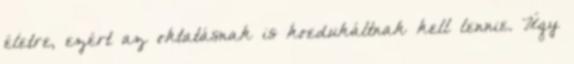
életre, ezért az oktatásnak is koedukáltnak kell lennie. Úgy